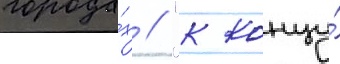
города́х // "к концу́